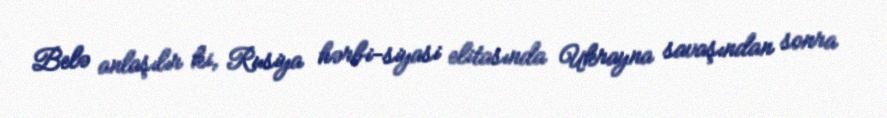
Belə anlaşılır ki, Rusiya hərbi-siyasi elitasında Ukrayna savaşından sonra